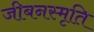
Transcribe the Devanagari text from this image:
जीबनस्मृति